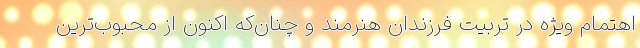
اهتمام ویژه در تربیت فرزندان هنرمند و چنان‌که اکنون از محبوب‌ترین